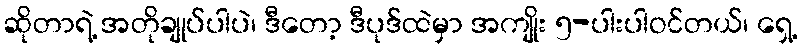
ဆိုတာရဲ့ အတိုချုပ်ပါပဲ၊ ဒီတော့ ဒီပုဒ်ထဲမှာ အကျိုး ၅-ပါးပါဝင်တယ်၊ ရှေ့